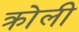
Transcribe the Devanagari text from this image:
क्रोली